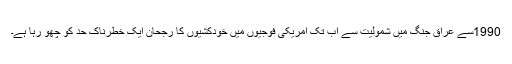
1990سے عراق جنگ میں شمولیت سے اب تک امریکی فوجیوں میں خودکشیوں کا رجحان ایک خطرناک حد کو چھو رہا ہے۔